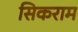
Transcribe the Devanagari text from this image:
सिकराम